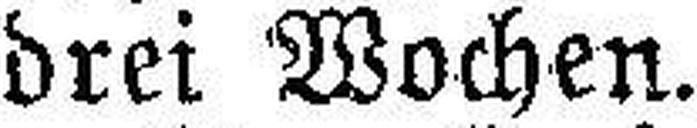
drei Wochen.